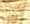
ليس